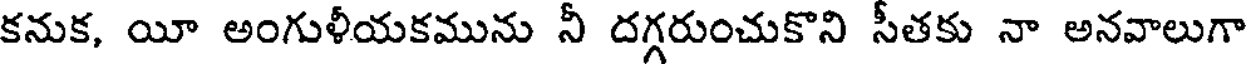
కనుక, యీ అంగుళీయకమును నీ దగ్గరుంచుకొని సీతకు నా అనవాలుగా